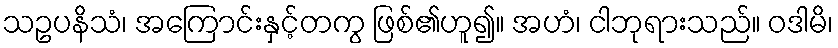
သဥပနိသံ၊ အကြောင်းနှင့်တကွ ဖြစ်၏ဟူ၍။ အဟံ၊ ငါဘုရားသည်။ ဝဒါမိ၊